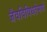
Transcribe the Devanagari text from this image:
जैवविविधतेमागे